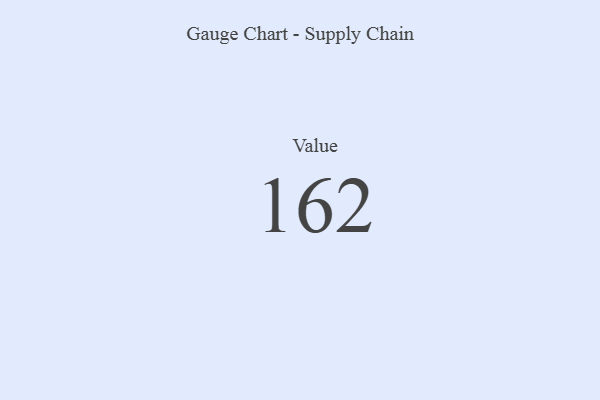
{"axis": {"x": "Metric", "y": "Value"}, "legend": [""], "data": [{"x": "Value", "y": 162, "type": ""}]}